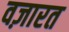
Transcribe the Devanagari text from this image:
वज़ारत